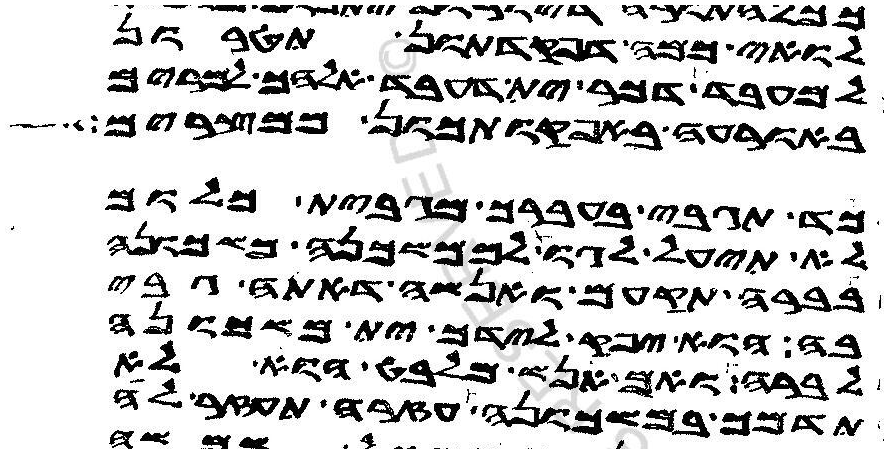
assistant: לואי כמה דפקדתון תטרון
למעבד דכר ית דעבד יהוה אלהך למרים
באורעה באפקותכון ממצרים
כד תגבי בעברך מגבית כלום
לא תיעל לגו לממשכנה משכונה
בברה תקעם ואנשה דאתה גבי
בה הוא יפק לידך ית משכונה
לברה ואם אנש מלבט הוא לא
תדמך במשכונה עזרה תעזר לה